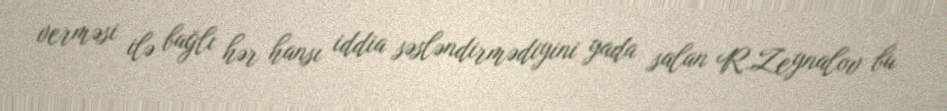
verməsi ilə bağlı hər hansı iddia səsləndirmədiyini yada salan R.Zeynalov bu